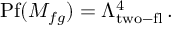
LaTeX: \mathrm { P f } ( M _ { f g } ) = \Lambda _ { \mathrm { t w o - f l } } ^ { 4 } \, .